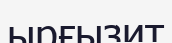
ырғызит